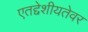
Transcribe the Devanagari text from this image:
एतद्देशीयतेवर